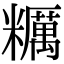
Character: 糲